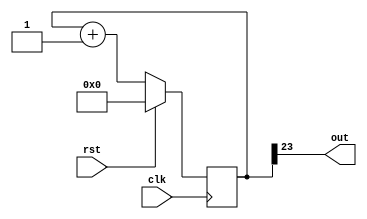
/*
   This file was generated automatically by the Mojo IDE version B1.3.6.
   Do not edit this file directly. Instead edit the original Lucid source.
   This is a temporary file and any changes made to it will be destroyed.
*/

/*
   Parameters:
     DIV = 24
*/
module led_flasher_21 (
    input clk,
    input rst,
    output reg out
  );
  
  localparam DIV = 5'h18;
  
  
  reg [23:0] M_counter_d, M_counter_q = 1'h0;
  
  always @* begin
    M_counter_d = M_counter_q;
    
    out = M_counter_q[23+0-:1];
    M_counter_d = M_counter_q + 1'h1;
  end
  
  always @(posedge clk) begin
    if (rst == 1'b1) begin
      M_counter_q <= 1'h0;
    end else begin
      M_counter_q <= M_counter_d;
    end
  end
  
endmodule